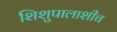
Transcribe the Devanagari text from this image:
शिशुपालाशीच